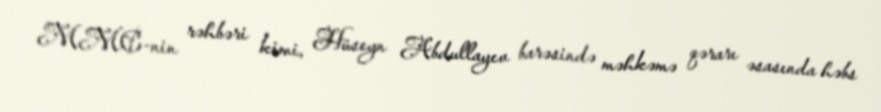
MMC-nin rəhbəri kimi, Hüseyn Abdullayev barəsində məhkəmə qərarı əsasında həbs